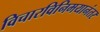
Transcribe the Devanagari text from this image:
विचारविनिमयानंतर